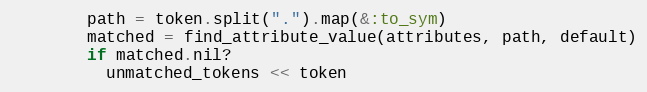
Language: Ruby
        path = token.split(".").map(&:to_sym)
        matched = find_attribute_value(attributes, path, default)
        if matched.nil?
          unmatched_tokens << token